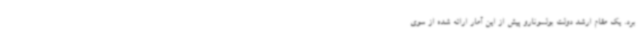
برد. یک مقام ارشد دولت بولسونارو پیش از این آمار ارائه شده از سوی